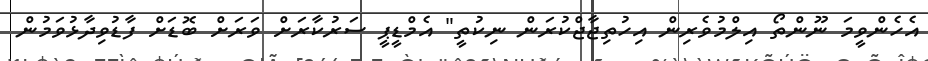
އެހެންވީމަ ނޫންތޯ އިލްމުވެރިން އިހުތިޖާޖްކުރަން ނިކުތީ" އެމްޑީޕީ ސަރުކާރަށް ވަރަށް ބޮޑަށް ފާޑުވިދާޅުވަމުން